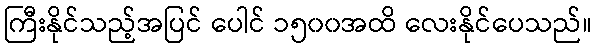
ကြီးနိုင်သည့်အပြင် ပေါင် ၁၅၀၀အထိ လေးနိုင်ပေသည်။